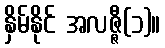
နှိမ်နိုင် အလဇ္ဇီ(၁)။